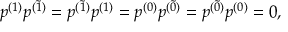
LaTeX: p ^ { ( 1 ) } p ^ { ( \widetilde { 1 } ) } = p ^ { ( \widetilde { 1 } ) } p ^ { ( 1 ) } = p ^ { ( 0 ) } p ^ { ( \widetilde { 0 } ) } = p ^ { ( \widetilde { 0 } ) } p ^ { ( 0 ) } = 0 ,